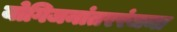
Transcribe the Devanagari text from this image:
योगिजनांतररंजना